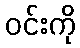
ဝင်းကို